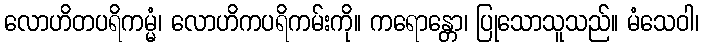
လောဟိတပရိကမ္မံ၊ လောဟိကပရိကမ်းကို။ ကရောန္တော၊ ပြုသောသူသည်။ မံသေဝါ၊